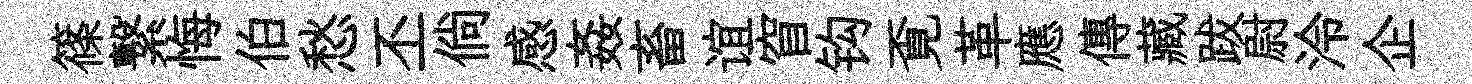
篠繋悔伯愁丕倘感姦畜谊窅钩覔革應傳藏跋尉泠企